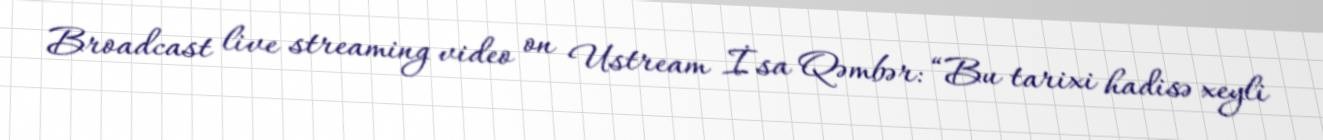
Broadcast live streaming video on Ustream İsa Qəmbər: “Bu tarixi hadisə xeyli